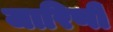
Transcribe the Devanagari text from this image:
जारिणी